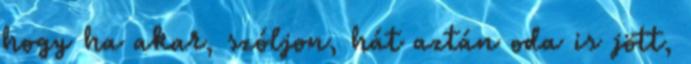
hogy ha akar, szóljon, hát aztán oda is jött,